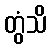
တွံသိ